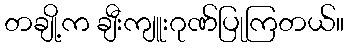
တချို့က ချီးကျူးဂုဏ်ပြုကြတယ်။